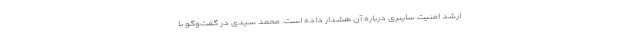
ارشد امنیت سایبری درباره آن هشدار داده است. محمد سیدی در گفت‌وگو با